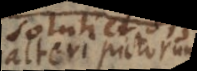
alteri pictorum